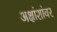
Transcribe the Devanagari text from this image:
अक्षांशांवर